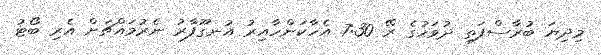
މިދިޔަ ބުރާސްފަތި ދުވަހުގެ ރޭ 7:30 އެހާކަންހާއިރު އުނގޫފާރު ނެރުމައްޗަށް އެރި ބޯޓު